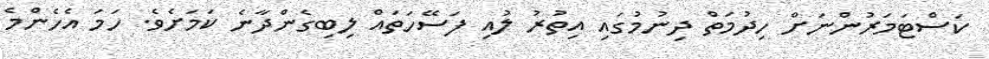
ކަސްޓަމަރުންނަށް ހިދުމަތް ދިނުމުގައި އިތުރު ލުއި ފަސޭހަތައް ލިބިގެންދާނެ ކަމަށެވެ. ހަމަ އެހެންމެ